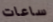
ساعات